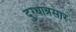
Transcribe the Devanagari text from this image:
दुग्धान्नसार